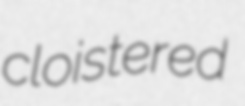
cloistered